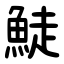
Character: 鯐